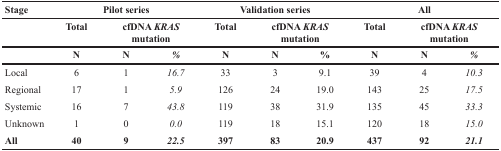
<table><thead><tr><td><b>Stage</b></td><td colspan="3"><b>Pilot series</b></td><td colspan="3"><b>Validation series</b></td><td colspan="3"><b>All</b></td></tr><tr><td></td><td><b>Total</b></td><td colspan="2"><b>cfDNA <i>KRAS</i> mutation</b></td><td><b>Total</b></td><td colspan="2"><b>cfDNA <i>KRAS</i> mutation</b></td><td><b>Total</b></td><td colspan="2"><b>cfDNA <i>KRAS</i> mutation</b></td></tr><tr><td></td><td><b>N</b></td><td><b>N</b></td><td><b>%</b></td><td><b>N</b></td><td><b>N</b></td><td><b>%</b></td><td><b>N</b></td><td><b>N</b></td><td><b>%</b></td></tr></thead><tbody><tr><td>Local</td><td>6</td><td>1</td><td><i>16.7</i></td><td>33</td><td>3</td><td>9.1</td><td>39</td><td>4</td><td><i>10.3</i></td></tr><tr><td>Regional</td><td>17</td><td>1</td><td><i>5.9</i></td><td>126</td><td>24</td><td>19.0</td><td>143</td><td>25</td><td><i>17.5</i></td></tr><tr><td>Systemic</td><td>16</td><td>7</td><td><i>43.8</i></td><td>119</td><td>38</td><td>31.9</td><td>135</td><td>45</td><td><i>33.3</i></td></tr><tr><td>Unknown</td><td>1</td><td>0</td><td><i>0.0</i></td><td>119</td><td>18</td><td>15.1</td><td>120</td><td>18</td><td><i>15.0</i></td></tr><tr><td><b>All</b></td><td><b>40</b></td><td><b>9</b></td><td><b><i>22.5</i></b></td><td><b>397</b></td><td><b>83</b></td><td><b>20.9</b></td><td><b>437</b></td><td><b>92</b></td><td><b><i>21.1</i></b></td></tr></tbody></table>